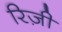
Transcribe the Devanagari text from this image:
रिज़ी